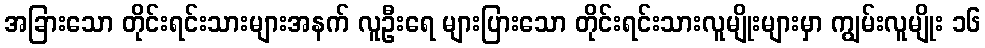
အခြားသော တိုင်းရင်းသားများအနက် လူဦးရေ များပြားသော တိုင်းရင်းသားလူမျိုးများမှာ ကျွမ်းလူမျိုး ၁၆